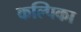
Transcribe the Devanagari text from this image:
कल्पिका